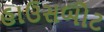
હાઉસબોટ